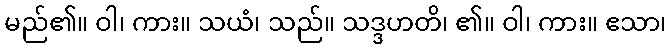
မည်၏။ ဝါ၊ ကား။ သယံ၊ သည်။ သဒ္ဒဟတိ၊ ၏။ ဝါ၊ ကား။ ဧသာ၊